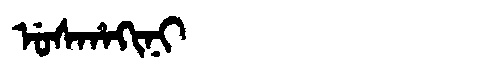
Manchu: ᡠᠰᡥᠠᡴᡳᠨᡳ
Romanization: USHAKINI